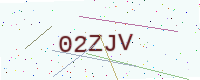
Text: 02ZJV